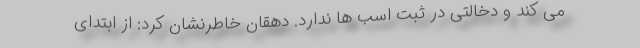
می کند و دخالتی در ثبت اسب ها ندارد. دهقان خاطرنشان کرد: از ابتدای